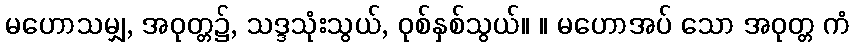
မဟောသမျှ, အဝုတ္တ၌, သဒ္ဒသုံးသွယ်, ဝုစ်နှစ်သွယ်။ ။ မဟောအပ် သော အဝုတ္တ ကံ